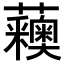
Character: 𧅨